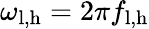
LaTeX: \omega_{\mathrm{l,h}}=2\pi f_{\mathrm{l,h}}